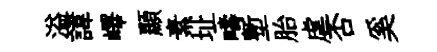
溢諱嶧顯素址疇塹胎虐否奚